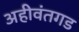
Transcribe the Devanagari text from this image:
अहीवंतगड